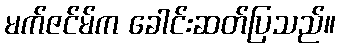
မက်ဇင်မ်က ခေါင်းဆတ်ပြသည်။